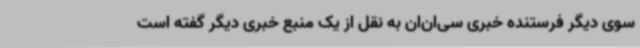
سوی دیگر فرستنده خبری سی‌ان‌ان به نقل از یک منبع خبری دیگر گفته است